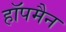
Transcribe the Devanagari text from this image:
हॉपमैन